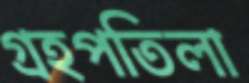
গ্রহপতিলা